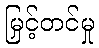
မြှင့်တင်မှု